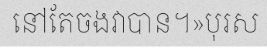
នៅតែចងវាបាន។»បុរស